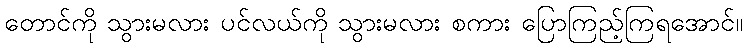
တောင်ကို သွားမလား ပင်လယ်ကို သွားမလား စကား ပြောကြည့်ကြရအောင်။